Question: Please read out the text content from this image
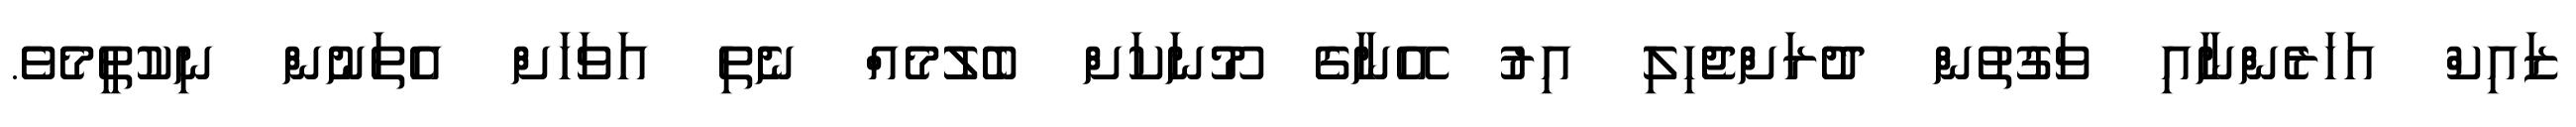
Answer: ޒައިކް އަހަރެންނާއި ވަގުތުން ދުރަށްޖެހިލި އިރު އޭނާގެ މޫނަކަށް ބެލުމެއް ނެތި އަވަހަށް އެތަނުން ނިކުތީމެވެ.